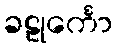
ခဠုင်္ကော